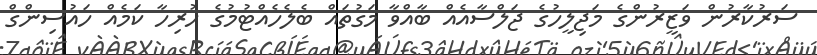
ސަރުކާރުން ވަޒީރުންގެ މަޖިލީހުގެ ޖަލްސާއެއް ބާއްވާ މަގުތައް ބެލެހެއްޓުމުގެ ހުރިހާ ކަމެއް ހައުސިންގް